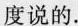
度说的。